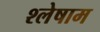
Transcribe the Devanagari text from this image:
श्लेषाम